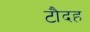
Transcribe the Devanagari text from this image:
टौदह